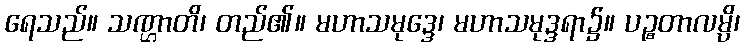
ရေသည်။ သဏ္ဌာတိ၊ တည်၏။ မဟာသမုဒ္ဒေ၊ မဟာသမုဒ္ဒရာ၌။ ပဉ္စတာလမ္ပိ၊